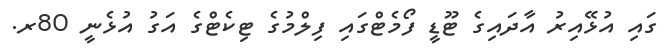
ގައި އުޅޭއިރު އާދައިގެ ޓޫޑީ ފޯމެޓްގައި ފިލްމުގެ ޓިކެޓްގެ އަގު އުޅެނީ 80ރ.